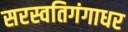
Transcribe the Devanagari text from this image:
सरस्वतिगंगाधर